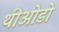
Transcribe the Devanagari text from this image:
थीओडो